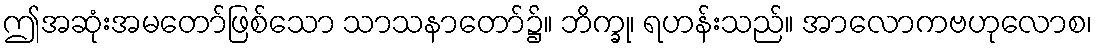
ဤအဆုံးအမတော်ဖြစ်သော သာသနာတော်၌။ ဘိက္ခု၊ ရဟန်းသည်။ အာလောကဗဟုလောစ၊